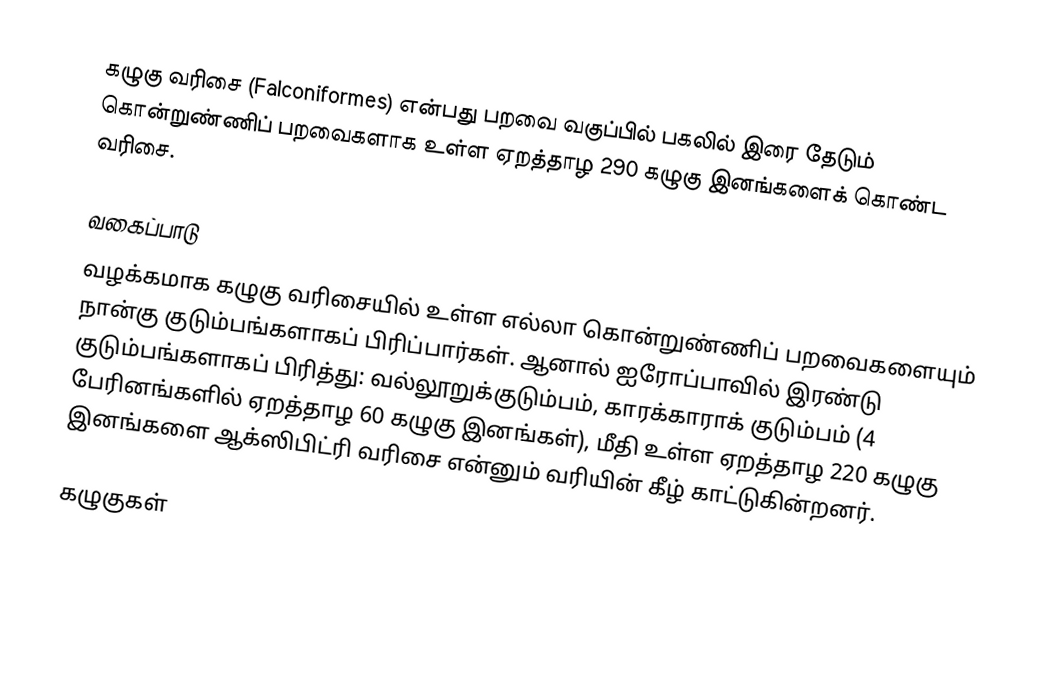
கழுகு வரிசை (Falconiformes) என்பது பறவை வகுப்பில் பகலில் இரை தேடும் கொன்றுண்ணிப் பறவைகளாக உள்ள ஏறத்தாழ 290 கழுகு இனங்களைக் கொண்ட வரிசை.

வகைப்பாடு
வழக்கமாக கழுகு வரிசையில் உள்ள எல்லா கொன்றுண்ணிப் பறவைகளையும் நான்கு குடும்பங்களாகப் பிரிப்பார்கள். ஆனால் ஐரோப்பாவில் இரண்டு குடும்பங்களாகப் பிரித்து: வல்லூறுக்குடும்பம், காரக்காராக் குடும்பம் (4 பேரினங்களில் ஏறத்தாழ 60 கழுகு இனங்கள்), மீதி உள்ள ஏறத்தாழ 220 கழுகு இனங்களை ஆக்ஸிபிட்ரி வரிசை என்னும் வரியின் கீழ் காட்டுகின்றனர்.

கழுகுகள்